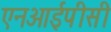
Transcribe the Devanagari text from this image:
एनआईपीसी